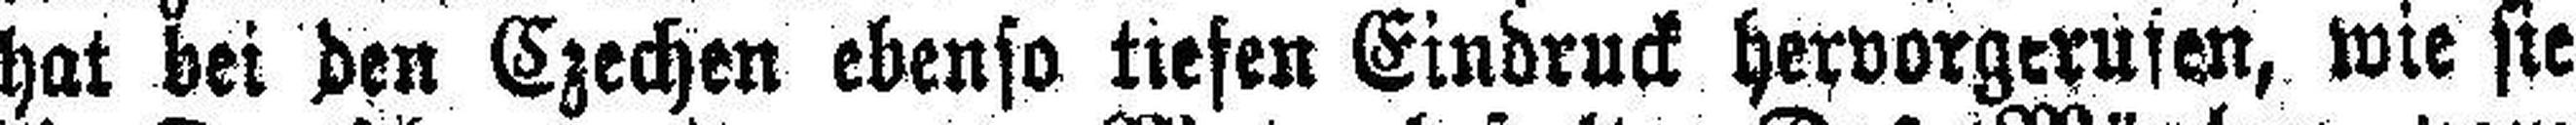
hat bei den Czechen ebenso tiefen Eindruck hervorgerufen, wie sie